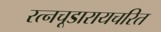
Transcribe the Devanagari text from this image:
रत्नचूडारायचरित